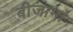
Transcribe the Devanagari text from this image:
बीजामां